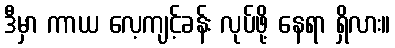
ဒီမှာ ကာယ လေ့ကျင့်ခန်း လုပ်ဖို့ နေရာ ရှိလား။